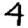
Digit: 4